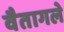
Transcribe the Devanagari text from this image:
वैतागले